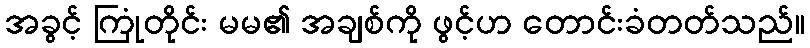
အခွင့် ကြုံတိုင်း မမ၏ အချစ်ကို ဖွင့်ဟ တောင်းခံတတ်သည်။